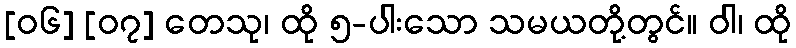
[၀၆] [၀၇] တေသု၊ ထို ၅-ပါးသော သမယတို့တွင်။ ဝါ၊ ထို